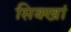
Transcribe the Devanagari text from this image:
सिक्खां